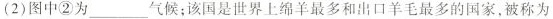
(2)图中②为___气候；该国是世界上绵羊最多和出口羊毛最多的国家，被称为